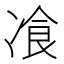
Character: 飡